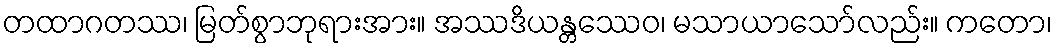
တထာဂတဿ၊ မြတ်စွာဘုရားအား။ အဿဒိယန္တဿေဝ၊ မသာယာသော်လည်း။ ကတော၊